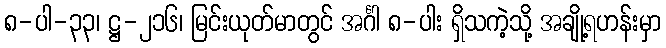
၈-ပါ-၃၃၊ ဋ္ဌ-၂၁၆၊ မြင်းယုတ်မာတွင် အင်္ဂါ ၈-ပါး ရှိသကဲ့သို့ အချို့ရဟန်းမှာ